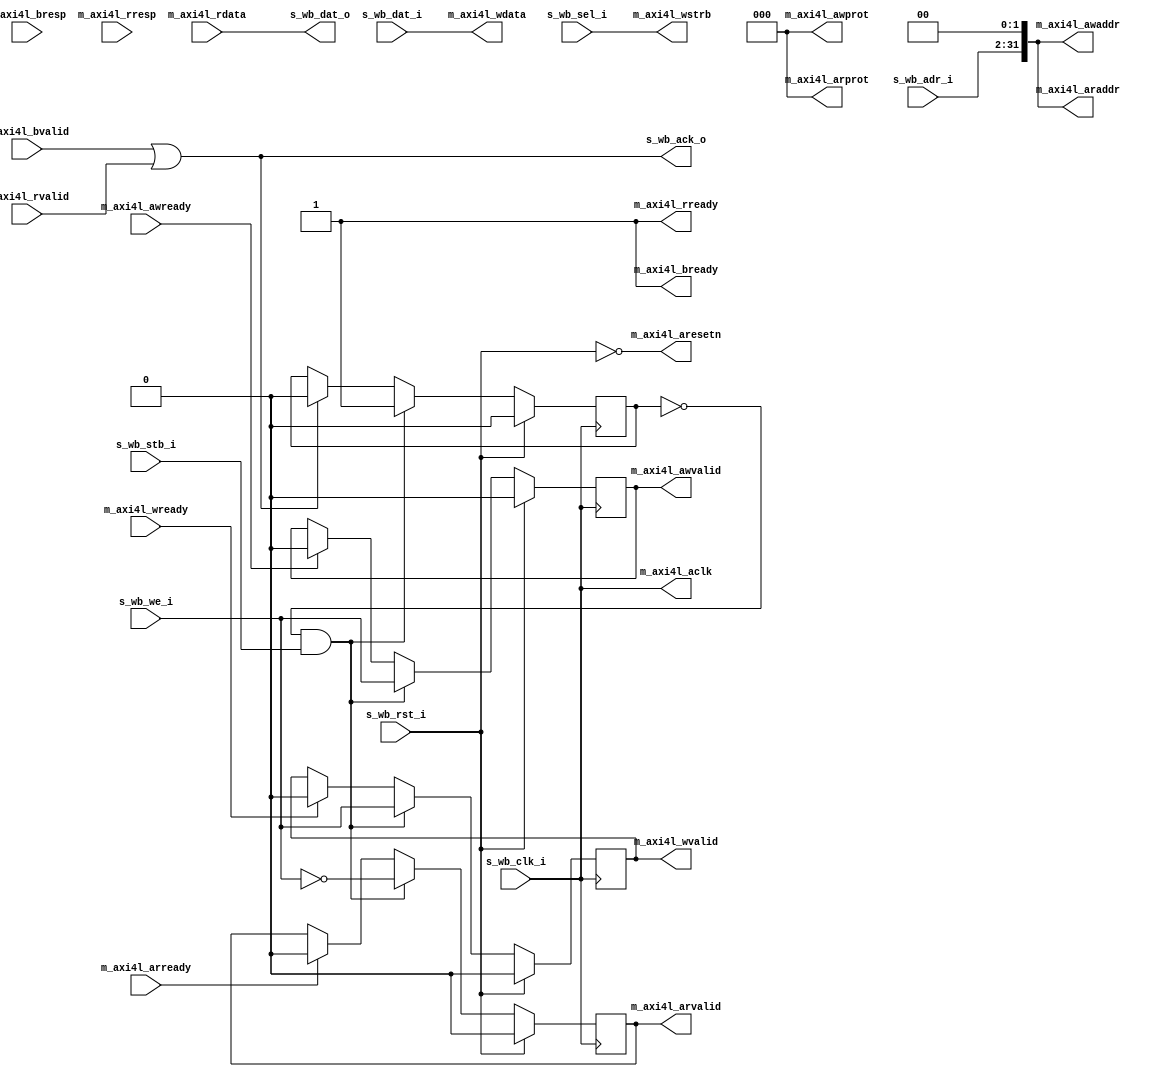
// This program was cloned from: https://github.com/ryuz/jelly
// License: MIT License

// ---------------------------------------------------------------------------
//  Jelly  -- The platform for real-time computing
//
//                                 Copyright (C) 2008-2021 by Ryuz
//                                 https://github.com/ryuz/jelly.git
// ---------------------------------------------------------------------------



`timescale 1ns / 1ps
`default_nettype none



// WISHBONE => AXI4Lite converter
module jelly_wishbone_to_axi4l
        #(
            parameter   WB_ADR_WIDTH     = 30,
            parameter   WB_DAT_SIZE      = 2,                       // 0:8bit, 1:16bit, 2:32bit ...
            parameter   WB_DAT_WIDTH     = (8 << WB_DAT_SIZE),
            parameter   WB_SEL_WIDTH     = WB_DAT_WIDTH / 8,
            
            parameter   AXI4L_ADDR_WIDTH = WB_ADR_WIDTH + WB_DAT_SIZE,
            parameter   AXI4L_DATA_WIDTH = WB_DAT_WIDTH,
            parameter   AXI4L_STRB_WIDTH = WB_SEL_WIDTH
        )
        (
            // WISHBONE
            input   wire                            s_wb_rst_i,
            input   wire                            s_wb_clk_i,
            input   wire    [WB_ADR_WIDTH-1:0]      s_wb_adr_i,
            output  wire    [WB_DAT_WIDTH-1:0]      s_wb_dat_o,
            input   wire    [WB_DAT_WIDTH-1:0]      s_wb_dat_i,
            input   wire    [WB_SEL_WIDTH-1:0]      s_wb_sel_i,
            input   wire                            s_wb_we_i,
            input   wire                            s_wb_stb_i,
            output  wire                            s_wb_ack_o,
            
            // AXI4Light
            output  wire                            m_axi4l_aresetn,
            output  wire                            m_axi4l_aclk,
            output  wire    [AXI4L_ADDR_WIDTH-1:0]  m_axi4l_awaddr,
            output  wire    [2:0]                   m_axi4l_awprot,
            output  wire                            m_axi4l_awvalid,
            input   wire                            m_axi4l_awready,
            output  wire    [AXI4L_STRB_WIDTH-1:0]  m_axi4l_wstrb,
            output  wire    [AXI4L_DATA_WIDTH-1:0]  m_axi4l_wdata,
            output  wire                            m_axi4l_wvalid,
            input   wire                            m_axi4l_wready,
            input   wire    [1:0]                   m_axi4l_bresp,
            input   wire                            m_axi4l_bvalid,
            output  wire                            m_axi4l_bready,
            output  wire    [AXI4L_ADDR_WIDTH-1:0]  m_axi4l_araddr,
            output  wire    [2:0]                   m_axi4l_arprot,
            output  wire                            m_axi4l_arvalid,
            input   wire                            m_axi4l_arready,
            input   wire    [AXI4L_DATA_WIDTH-1:0]  m_axi4l_rdata,
            input   wire    [1:0]                   m_axi4l_rresp,
            input   wire                            m_axi4l_rvalid,
            output  wire                            m_axi4l_rready
        );
    
    
    reg                             reg_busy;
    reg                             reg_awvalid;
    reg                             reg_wvalid;
    reg                             reg_arvalid;
    
    always @( posedge s_wb_clk_i ) begin
        if ( s_wb_rst_i ) begin
            reg_busy     <= 1'b0;
            reg_awvalid  <= 1'b0;
            reg_wvalid   <= 1'b0;
            reg_arvalid  <= 1'b0;
        end
        else begin
            if ( s_wb_ack_o      ) begin reg_busy    <= 1'b0; end
            if ( m_axi4l_awready ) begin reg_awvalid <= 1'b0; end
            if ( m_axi4l_wready  ) begin reg_wvalid  <= 1'b0; end
            if ( m_axi4l_arready ) begin reg_arvalid <= 1'b0; end
            
            if ( !reg_busy && s_wb_stb_i ) begin
                reg_busy    <= 1'b1;
                reg_awvalid <= s_wb_we_i;
                reg_wvalid  <= s_wb_we_i;
                reg_arvalid <= ~s_wb_we_i;
            end
        end
    end
    
    assign s_wb_dat_o      = m_axi4l_rdata;
    assign s_wb_ack_o      = (m_axi4l_bvalid || m_axi4l_rvalid);
    
    assign m_axi4l_aresetn = ~s_wb_rst_i;
    assign m_axi4l_aclk    = s_wb_clk_i;
    assign m_axi4l_awaddr  = {s_wb_adr_i, {WB_DAT_SIZE{1'b0}}};
    assign m_axi4l_awprot  = 3'd0;
    assign m_axi4l_awvalid = reg_awvalid;
    assign m_axi4l_wstrb   = s_wb_sel_i;
    assign m_axi4l_wdata   = s_wb_dat_i;
    assign m_axi4l_wvalid  = reg_wvalid;
    assign m_axi4l_bready  = 1'b1;
    assign m_axi4l_araddr  = {s_wb_adr_i, {WB_DAT_SIZE{1'b0}}};
    assign m_axi4l_arprot  = 3'd0;
    assign m_axi4l_arvalid = reg_arvalid;
    assign m_axi4l_rready  = 1'b1;
    
    
endmodule


`default_nettype wire


// end of file